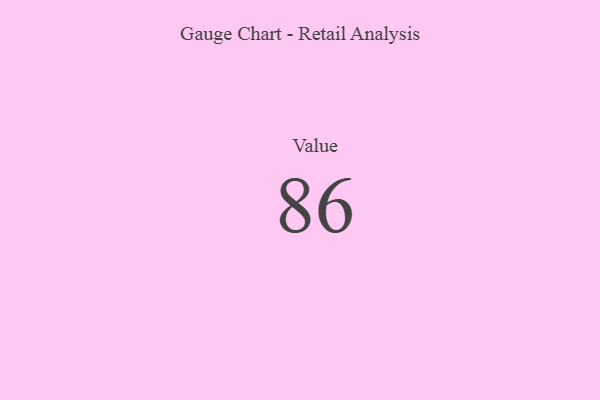
{"axis": {"x": "Metric", "y": "Value"}, "legend": [""], "data": [{"x": "Value", "y": 86, "type": ""}]}